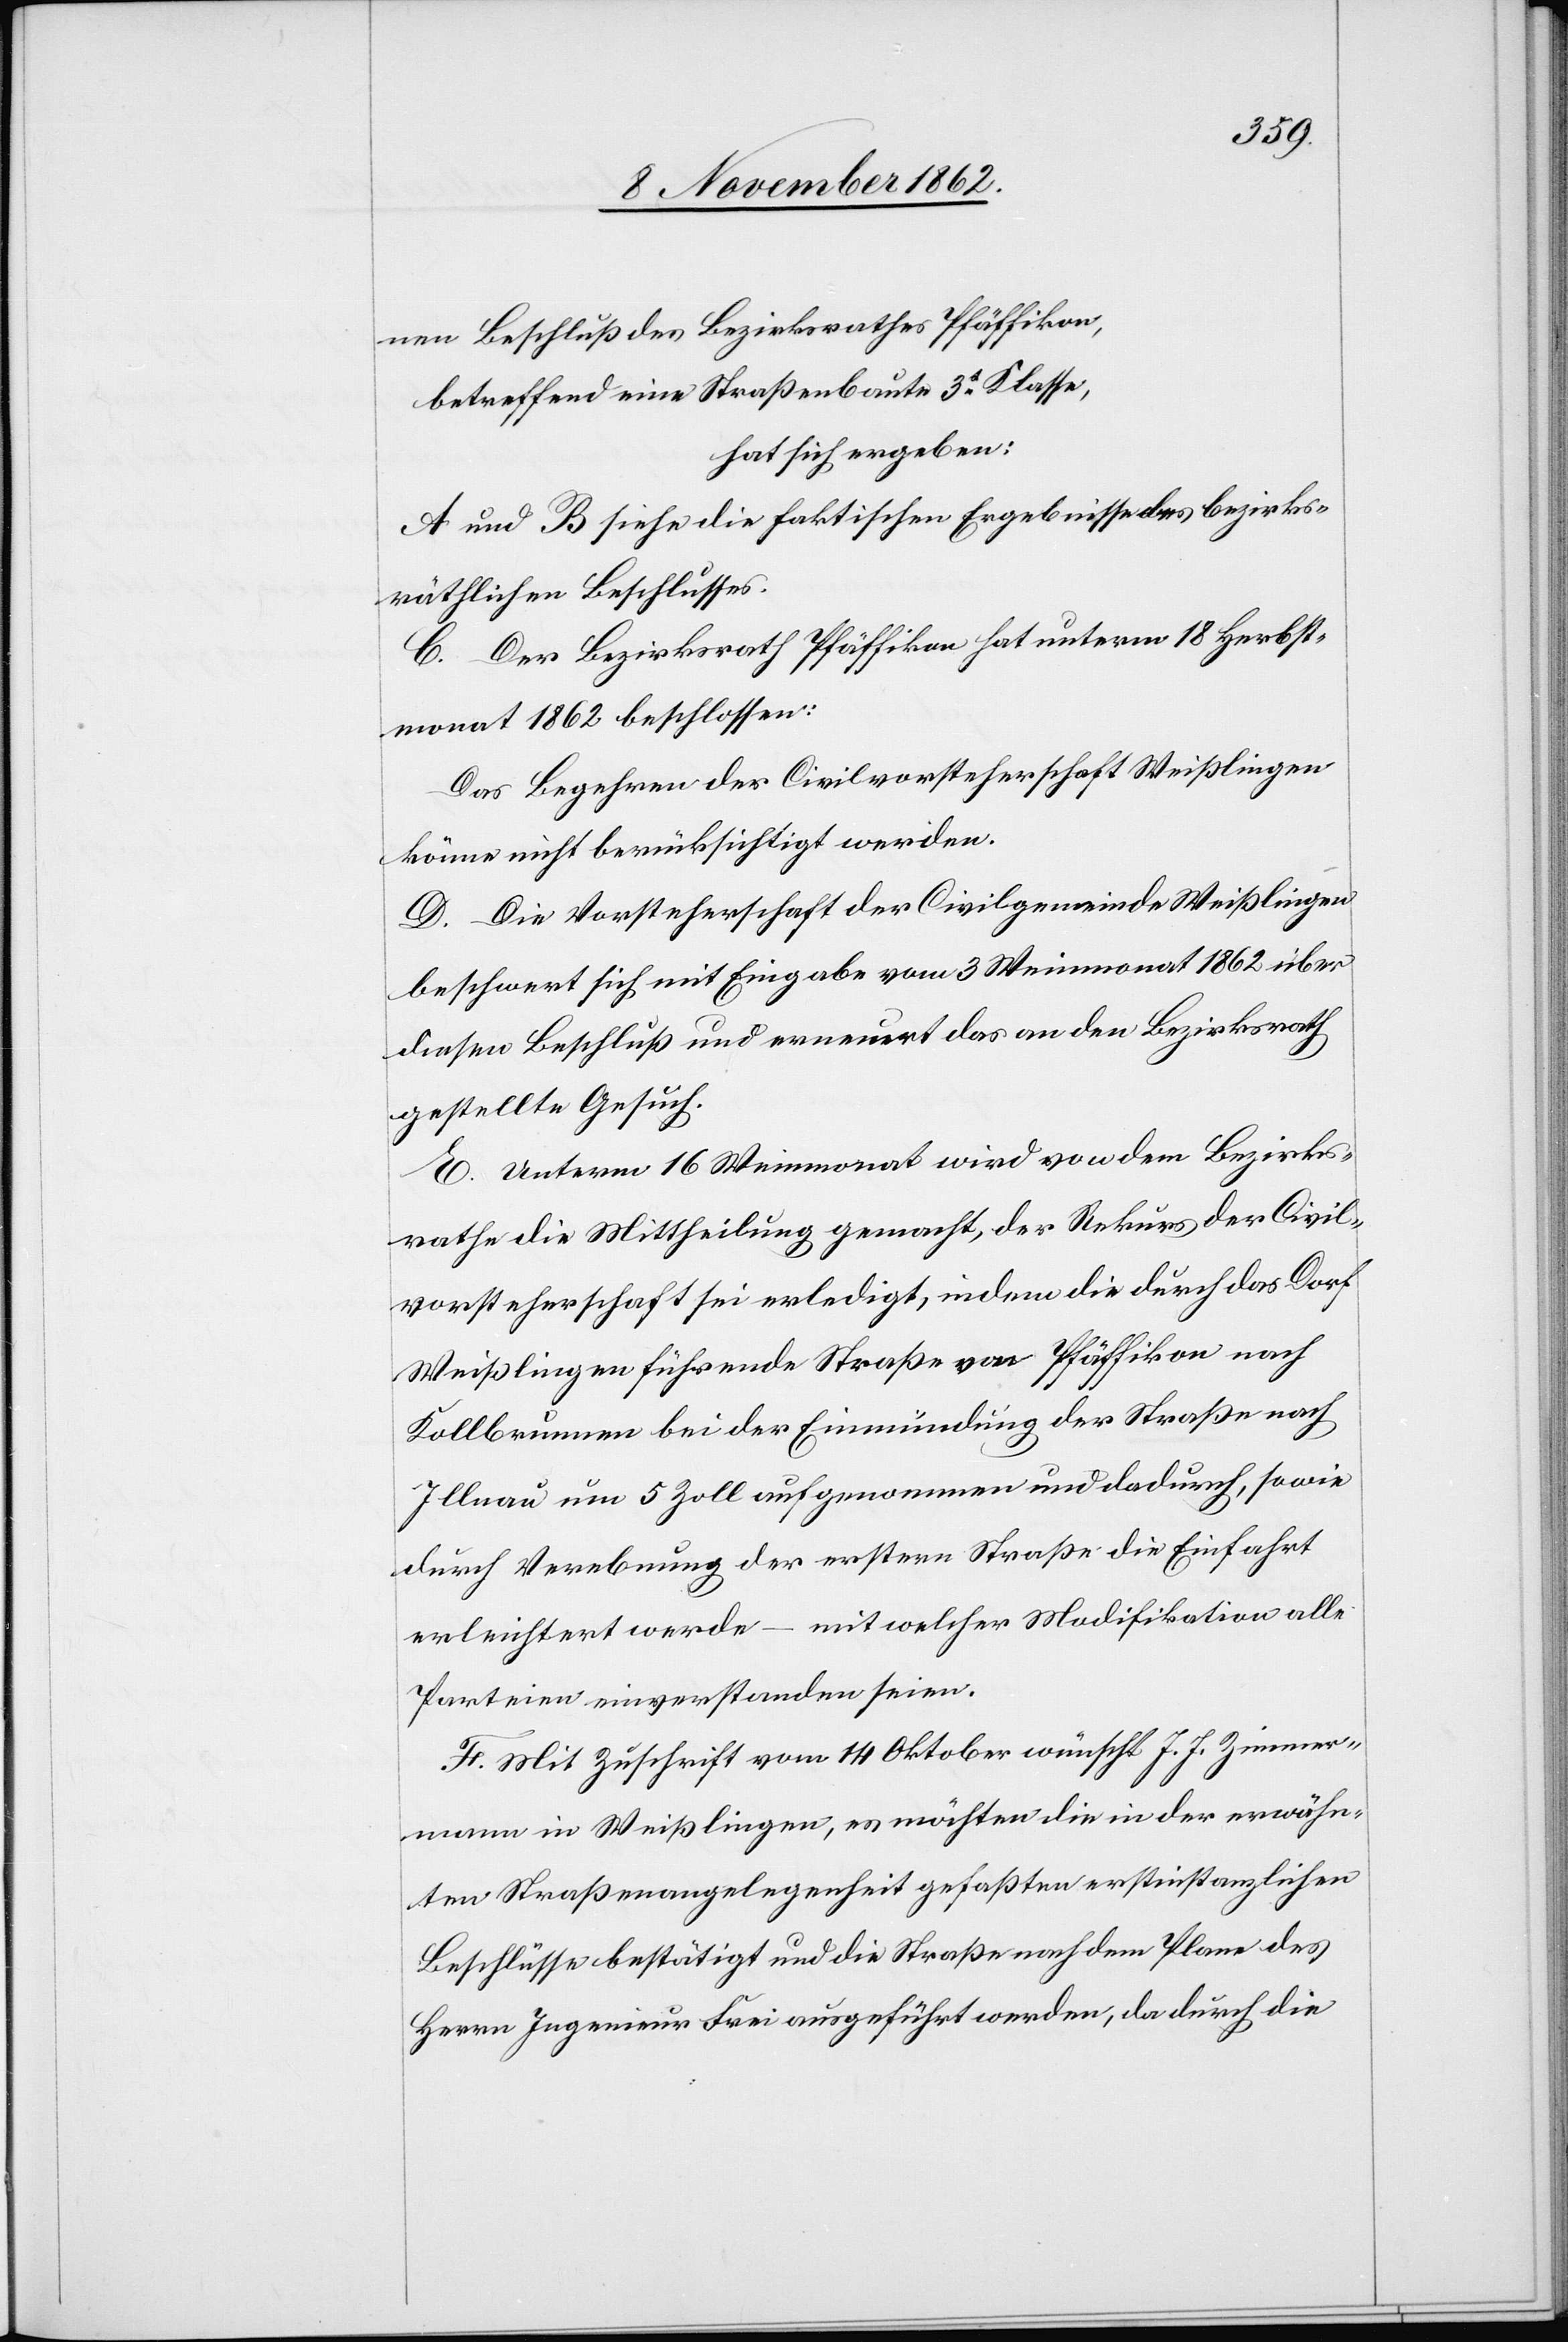
nen Beschluß des Bezirksrathes Pfäffikon,
betreffend eine Straßenbaute 3t Klasse,
hat sich ergeben:
A und B siehe die faktischen Ergebnisse des bezirks¬
räthlichen Beschlusses.
C. Der Bezirksrath Pfäffikon hat unterm 18. Herbst¬
monat 1862 beschlossen:
Das Begehren der Civilvorsteherschaft Weißlingen
könne nicht berücksichtigt werden.
D. Die Vorsteherschaft der Civilgemeinde Weißlingen
beschwert sich mit Eingabe vom 3. Weinmonat 1862 über
diesen Beschluß und erneuert das an den Bezirksrath
gestellte Gesuch.
E. Unterm 16. Weinmonat wird von dem Bezirks¬
rathe die Mittheilung gemacht, der Rekurs der Civil¬
vorsteherschaft sei erledigt, indem die durch das Dorf
Weißlingen führende Straße von Pfäffikon nach
Kollbrunnen bei der Einmündung der Straße nach
Illnau um 5 Zoll aufgenommen und dadurch, so wie
durch Verebnung der erstern Straße die Einfahrt
mit welcher Modifikation alle
erleichtert werde –
Parteien einverstanden seien.
F. Mit Zuschrift vom 14. Oktober wünscht J. J. Zimmer¬
mann in Weißlingen, es möchten die in der erwähn¬
ten Straßenangelegenheit gefaßten erstinstanzlichen
Beschlüsse bestätigt und die Straße nach dem Plane des
Herrn Ingenieur Frei ausgeführt werden, da durch die